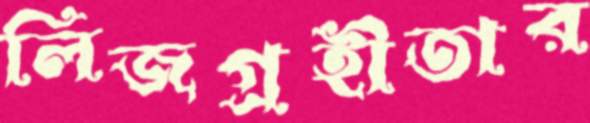
লিজগ্রহীতার